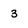
Character: 3